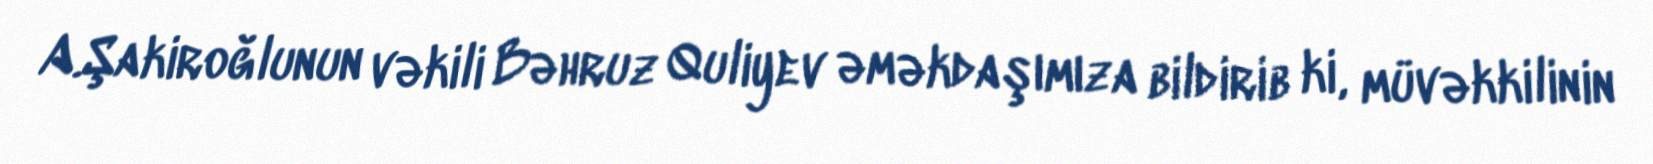
A.Şakiroğlunun vəkili Bəhruz Quliyev əməkdaşımıza bildirib ki, müvəkkilinin